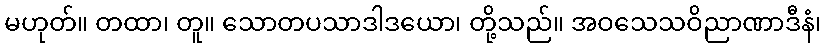
မဟုတ်။ တထာ၊ တူ။ သောတပသာဒါဒယော၊ တို့သည်။ အဝသေသဝိညာဏာဒီနံ၊